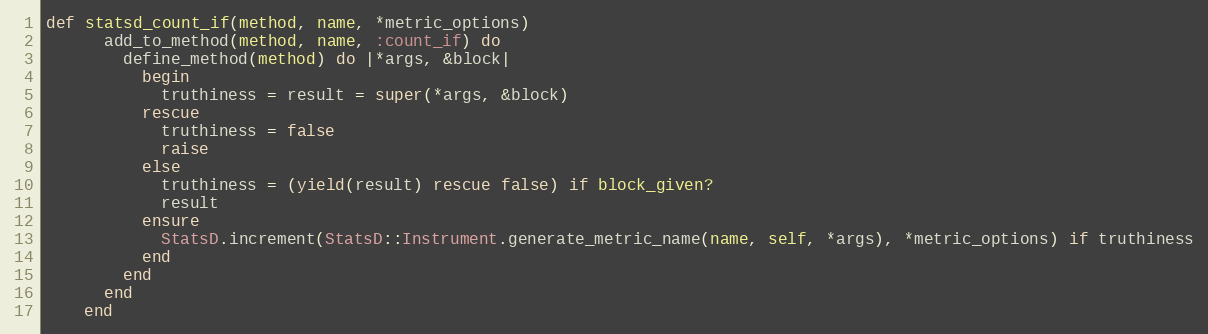
Language: Ruby
def statsd_count_if(method, name, *metric_options)
      add_to_method(method, name, :count_if) do
        define_method(method) do |*args, &block|
          begin
            truthiness = result = super(*args, &block)
          rescue
            truthiness = false
            raise
          else
            truthiness = (yield(result) rescue false) if block_given?
            result
          ensure
            StatsD.increment(StatsD::Instrument.generate_metric_name(name, self, *args), *metric_options) if truthiness
          end
        end
      end
    end